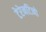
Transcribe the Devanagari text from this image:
टेरेनटिनो